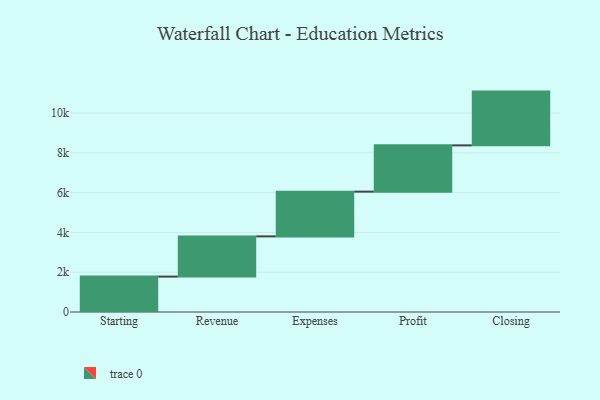
{"axis": {"x": "Step", "y": "Value"}, "legend": [""], "data": [{"x": "Starting", "y": 1779.0, "type": ""}, {"x": "Revenue", "y": 2022.0, "type": ""}, {"x": "Expenses", "y": 2249.0, "type": ""}, {"x": "Profit", "y": 2326.0, "type": ""}, {"x": "Closing", "y": 2703.0, "type": ""}]}